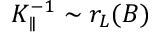
K _ { \parallel } ^ { - 1 } \sim r _ { L } ( B )